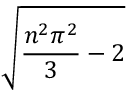
\sqrt { { \frac { n ^ { 2 } \pi ^ { 2 } } { 3 } } - 2 }